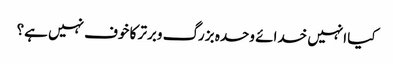
کیا انہیں خدائے وحدہ بزرگ وبرتر کا خوف نہیں ہے؟